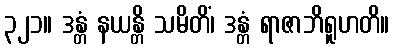
၃၂၁။ ဒန္တံ နယန္တိ သမိတိံ၊ ဒန္တံ ရာဇာဘိရူဟတိ။